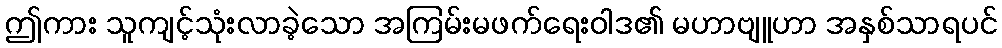
ဤကား သူကျင့်သုံးလာခဲ့သော အကြမ်းမဖက်ရေးဝါဒ၏ မဟာဗျူဟာ အနှစ်သာရပင်